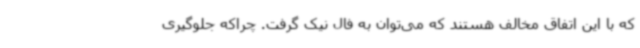
که با این اتفاق مخالف هستند که می‌توان به فال نیک گرفت. چراکه جلوگیری